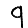
Digit: 9